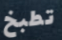
تطبخ